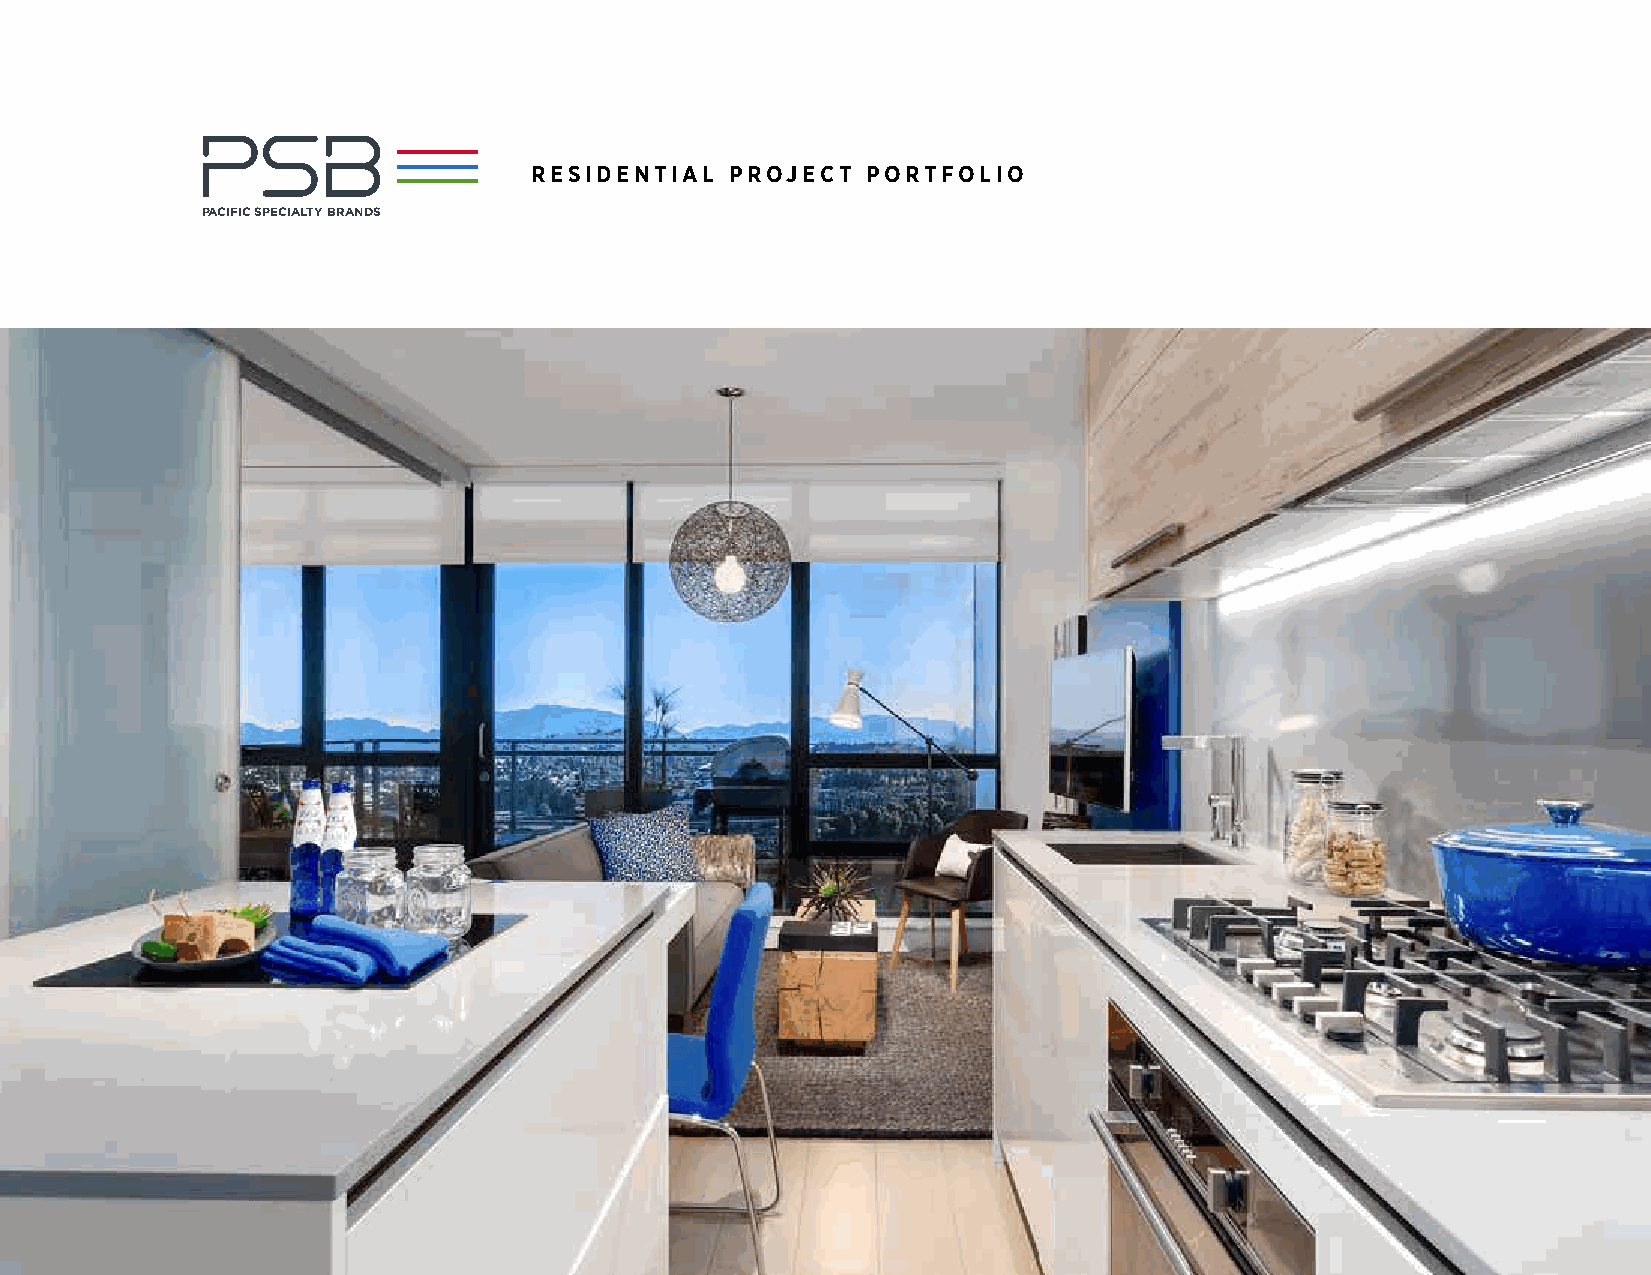
HEAT
 RESIDENTIAL  PROJECT  PORTFOLIO
 PACIFIC SPECIALTY BRANDS
 COOL
 PACIFIC SPECIALTY BRANDS
 CLEAN
 HEAT                COOL               CLEAN